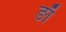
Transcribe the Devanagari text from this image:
ङाँ